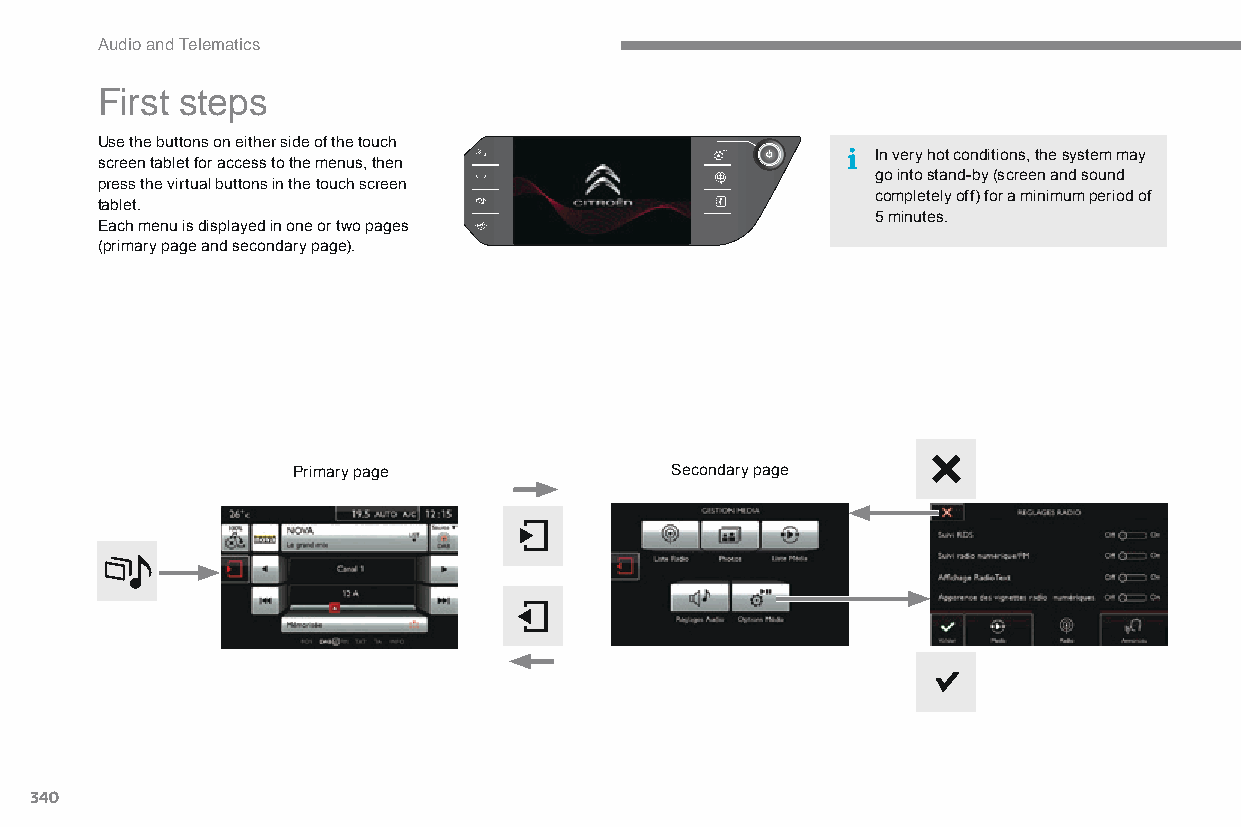
Audio and Telematics
 First steps
 Use the buttons on either side of the touch
 In very hot conditions, the system may
 screen tablet for access to the menus, then
 go into stand-by (screen and sound
 press the virtual buttons in the touch screen
 completely off) for a minimum period of
 tablet.
 5 minutes.
 Each menu is displayed in one or two pages
 (primary page and secondary page).
 Primary page             Secondary page
 340
 C4-Picasso-II_en_Chap10b_SMEGplus_ed01-2015